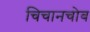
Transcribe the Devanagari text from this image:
चिचानचोब